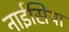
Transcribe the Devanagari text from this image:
नाईसिया